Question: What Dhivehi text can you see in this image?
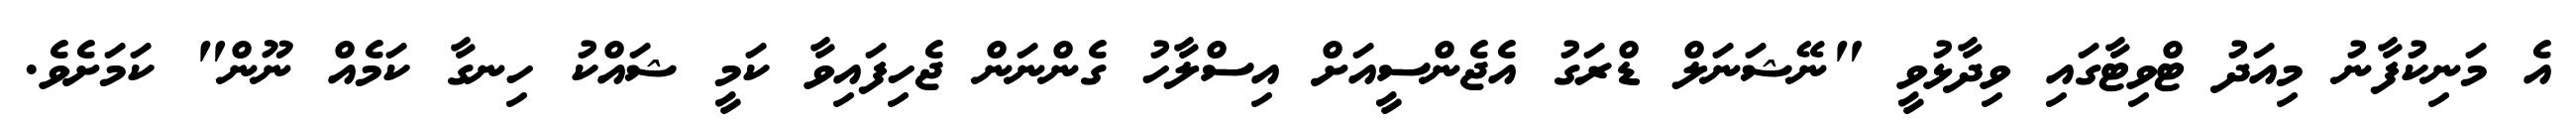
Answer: އެ މަނިކުފާނު މިއަދު ޓްވިޓާގައި ވިދާޅުވީ "ނޭޝަނަލް ޑްރަގު އެޖެންސީއަށް އިސްލާހު ގެންނަން ޖެހިފައިވާ ކަމީ ޝައްކު ހިނގާ ކަމެއް ނޫން" ކަމަށެވެ.